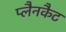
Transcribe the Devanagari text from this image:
प्लैनकैट